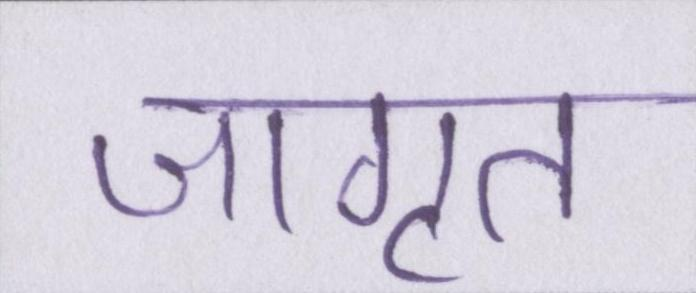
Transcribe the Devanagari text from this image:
जागृत